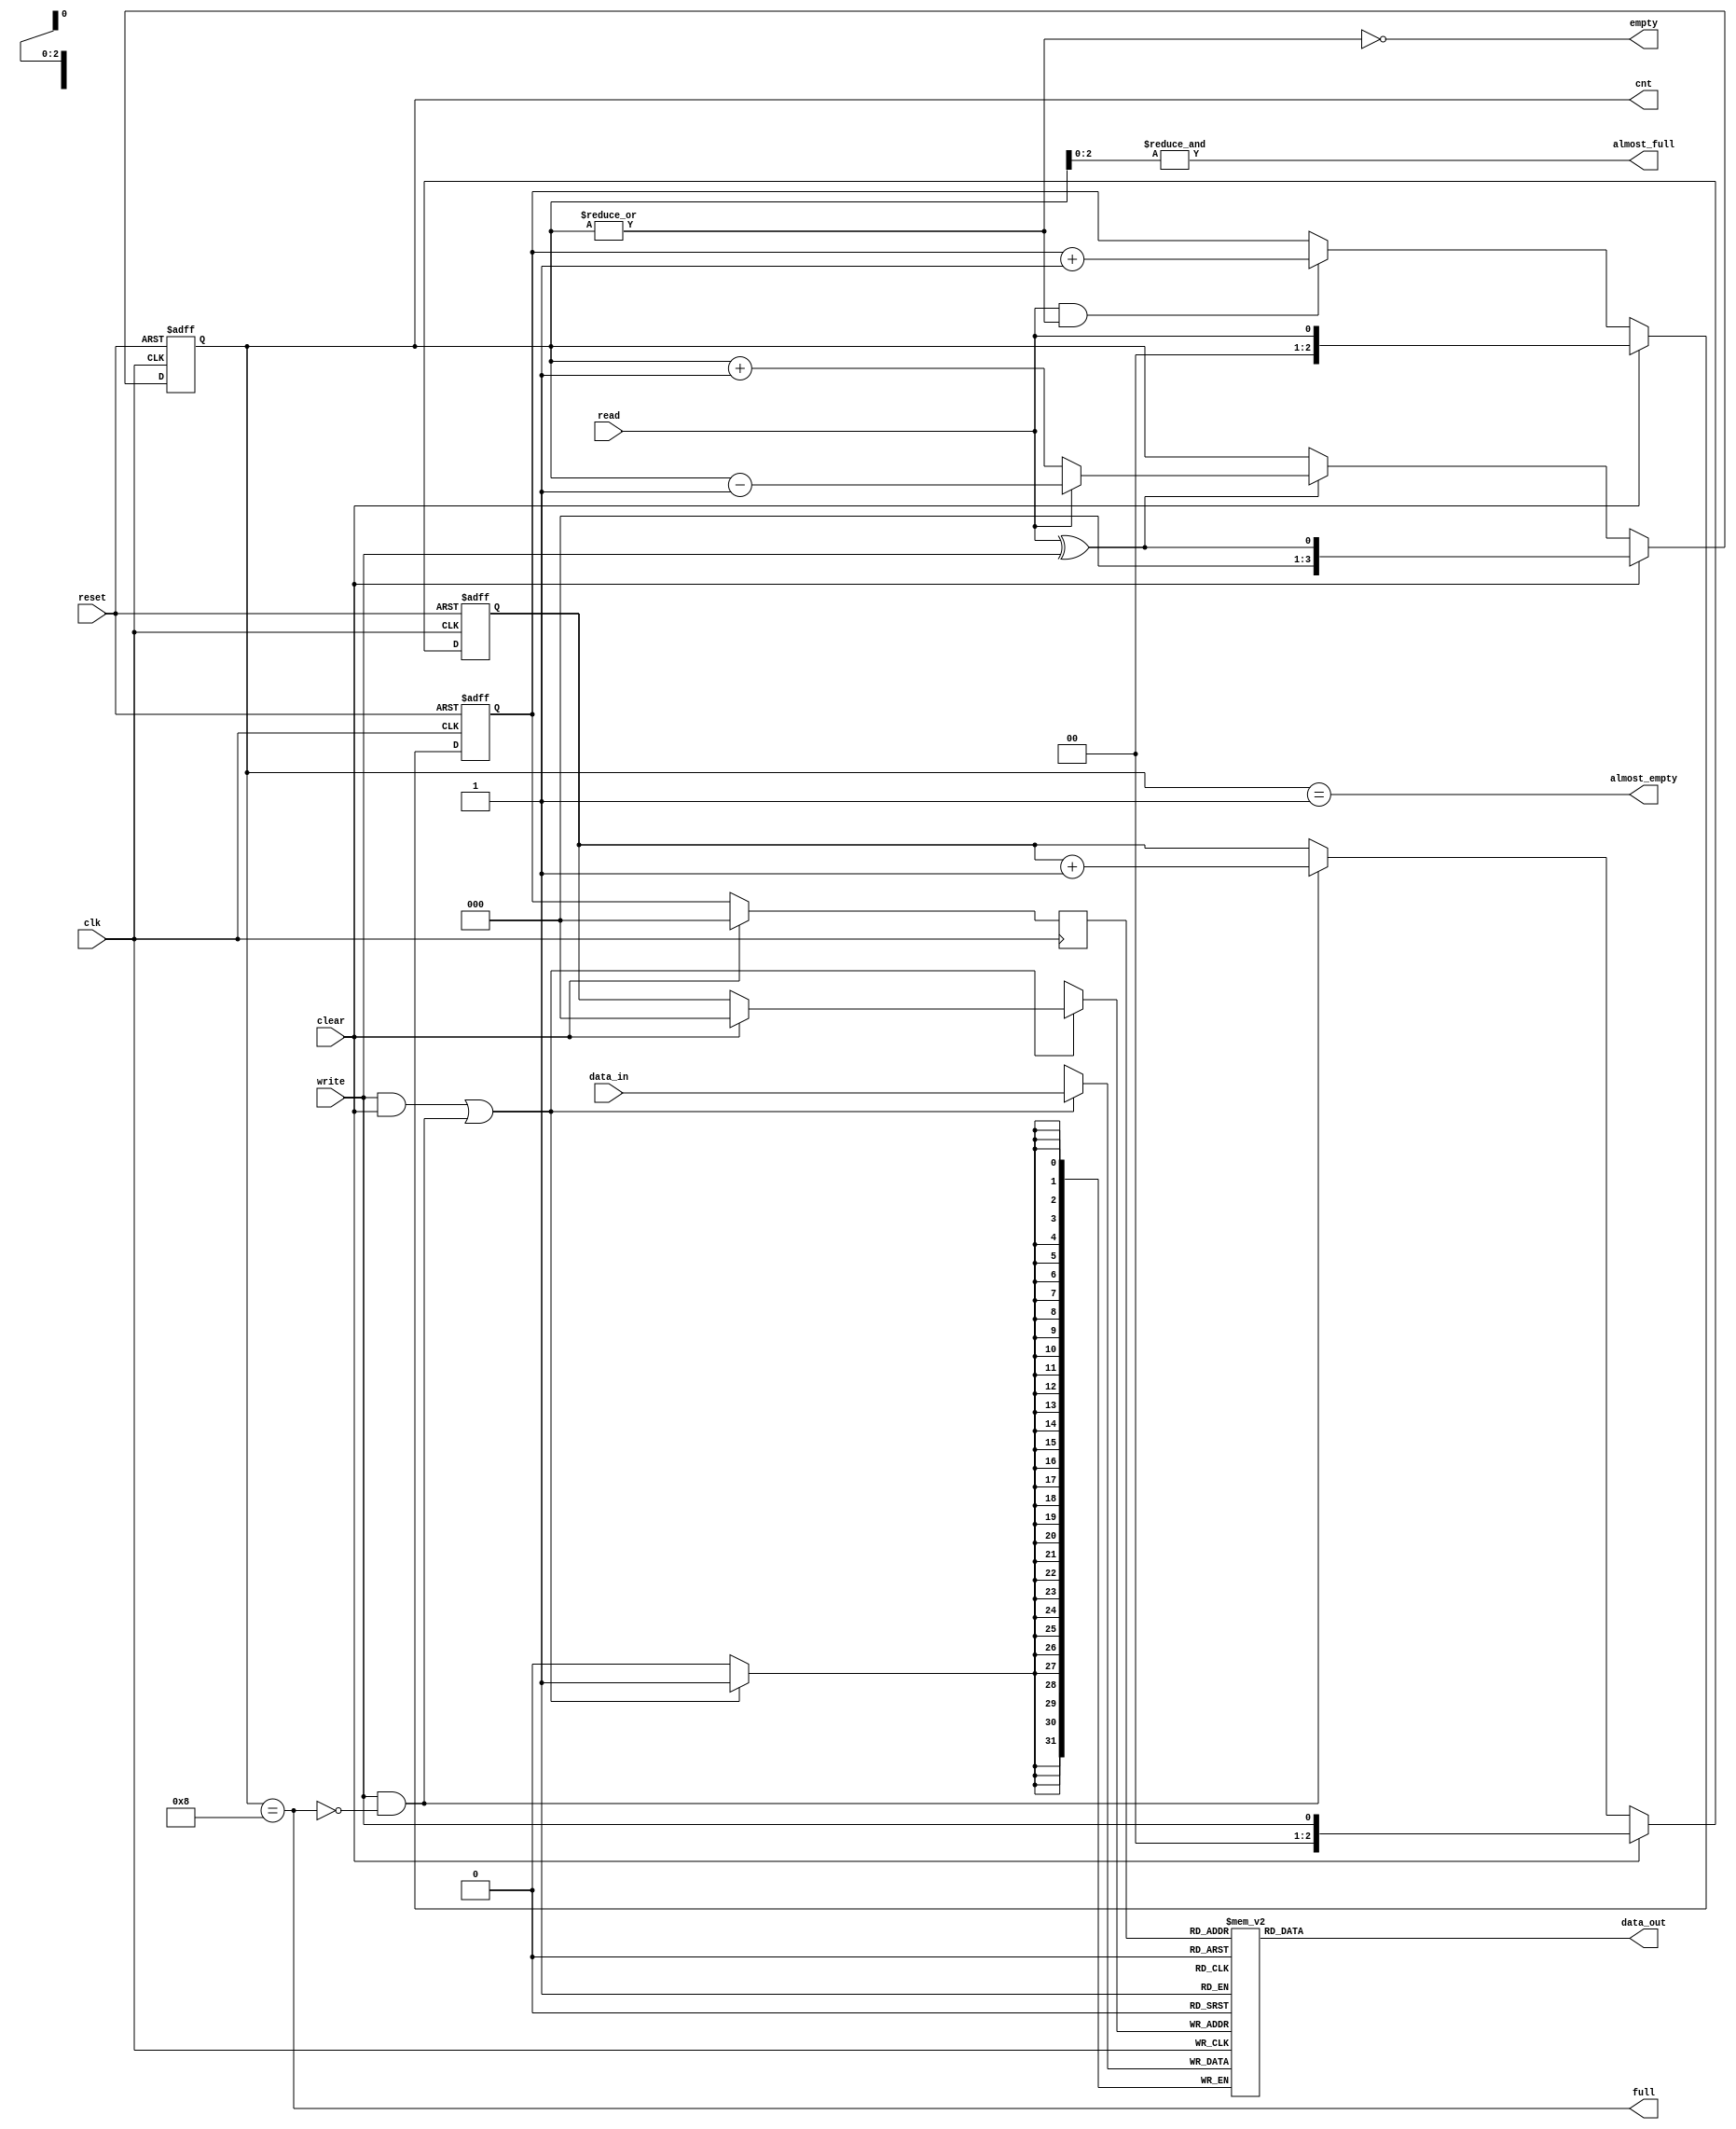
module eth_fifo (data_in, data_out, clk, reset, write, read, clear, almost_full, full, almost_empty, empty, cnt);

parameter DATA_WIDTH    = 32;
parameter DEPTH         = 8;
parameter CNT_WIDTH     = 4;

parameter Tp            = 1;

input                     clk;
input                     reset;
input                     write;
input                     read;
input                     clear;
input   [DATA_WIDTH-1:0]  data_in;

output  [DATA_WIDTH-1:0]  data_out;
output                    almost_full;
output                    full;
output                    almost_empty;
output                    empty;
output  [CNT_WIDTH-1:0]   cnt;

`ifdef ETH_FIFO_XILINX
`else
  `ifdef ETH_ALTERA_ALTSYNCRAM
  `else
    reg     [DATA_WIDTH-1:0]  fifo  [0:DEPTH-1];
//    reg     [DATA_WIDTH-1:0]  data_out;
  `endif
`endif

reg     [CNT_WIDTH-1:0]   cnt;
reg     [CNT_WIDTH-2:0]   read_pointer;
reg     [CNT_WIDTH-2:0]   write_pointer;


always @ (posedge clk or posedge reset)
begin
  if(reset)
    cnt <=#Tp 0;
  else
  if(clear)
    cnt <=#Tp { {(CNT_WIDTH-1){1'b0}}, read^write};
  else
  if(read ^ write)
    if(read)
      cnt <=#Tp cnt - 1'b1;
    else
      cnt <=#Tp cnt + 1'b1;
end

always @ (posedge clk or posedge reset)
begin
  if(reset)
    read_pointer <=#Tp 0;
  else
  if(clear)
    read_pointer <=#Tp { {(CNT_WIDTH-2){1'b0}}, read};
  else
  if(read & ~empty)
    read_pointer <=#Tp read_pointer + 1'b1;
end

always @ (posedge clk or posedge reset)
begin
  if(reset)
    write_pointer <=#Tp 0;
  else
  if(clear)
    write_pointer <=#Tp { {(CNT_WIDTH-2){1'b0}}, write};
  else
  if(write & ~full)
    write_pointer <=#Tp write_pointer + 1'b1;
end

assign empty = ~(|cnt);
assign almost_empty = cnt == 1;
assign full  = cnt == DEPTH;
assign almost_full  = &cnt[CNT_WIDTH-2:0];



`ifdef ETH_FIFO_XILINX
  xilinx_dist_ram_16x32 fifo
  ( .data_out(data_out), 
    .we(write & ~full),
    .data_in(data_in),
    .read_address( clear ? {CNT_WIDTH-1{1'b0}} : read_pointer),
    .write_address(clear ? {CNT_WIDTH-1{1'b0}} : write_pointer),
    .wclk(clk)
  );
`else   // !ETH_FIFO_XILINX
`ifdef ETH_ALTERA_ALTSYNCRAM
  altera_dpram_16x32	altera_dpram_16x32_inst
  (
  	.data             (data_in),
  	.wren             (write & ~full),
  	.wraddress        (clear ? {CNT_WIDTH-1{1'b0}} : write_pointer),
  	.rdaddress        (clear ? {CNT_WIDTH-1{1'b0}} : read_pointer ),
  	.clock            (clk),
  	.q                (data_out)
  );  //exemplar attribute altera_dpram_16x32_inst NOOPT TRUE
`else   // !ETH_ALTERA_ALTSYNCRAM

   wire [CNT_WIDTH-2:0] waddr, raddr;
   reg [CNT_WIDTH-2:0] 	raddr_reg;
   wire       we;

   assign waddr = clear ? {CNT_WIDTH-1{1'b0}} : write_pointer;
   assign raddr = clear ? {CNT_WIDTH-1{1'b0}} : read_pointer;
   
   assign we = (write & clear) | (write & ~full);

   always @ (posedge clk)
     if (we)
       fifo[waddr] <= #Tp data_in;

   always @ (posedge clk)
     raddr_reg <= raddr;

   assign #Tp data_out = fifo[raddr_reg];
   
     
   /*
  always @ (posedge clk)
  begin
    if(write & clear)
      fifo[0] <=#Tp data_in;
    else
   if(write & ~full)
      fifo[write_pointer] <=#Tp data_in;
  end
  

  always @ (posedge clk)
  begin
    if(clear)
      data_out <=#Tp fifo[0];
    else
      data_out <=#Tp fifo[read_pointer];
  end
    */
`endif  // !ETH_ALTERA_ALTSYNCRAM
`endif  // !ETH_FIFO_XILINX


endmodule